Scottish Leaving Certificate Examination, 1956
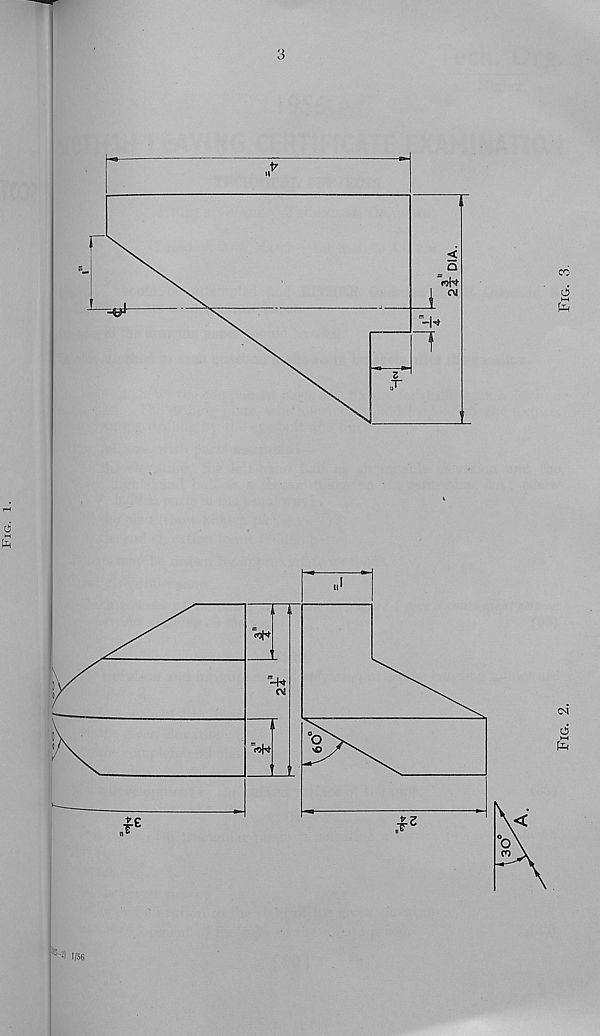
Fig.
3
n I
N 1/56
Fig. 2.
Fig.